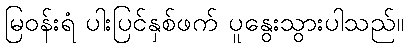
မြဝန်းရံ ပါးပြင်နှစ်ဖက် ပူနွေးသွားပါသည်။